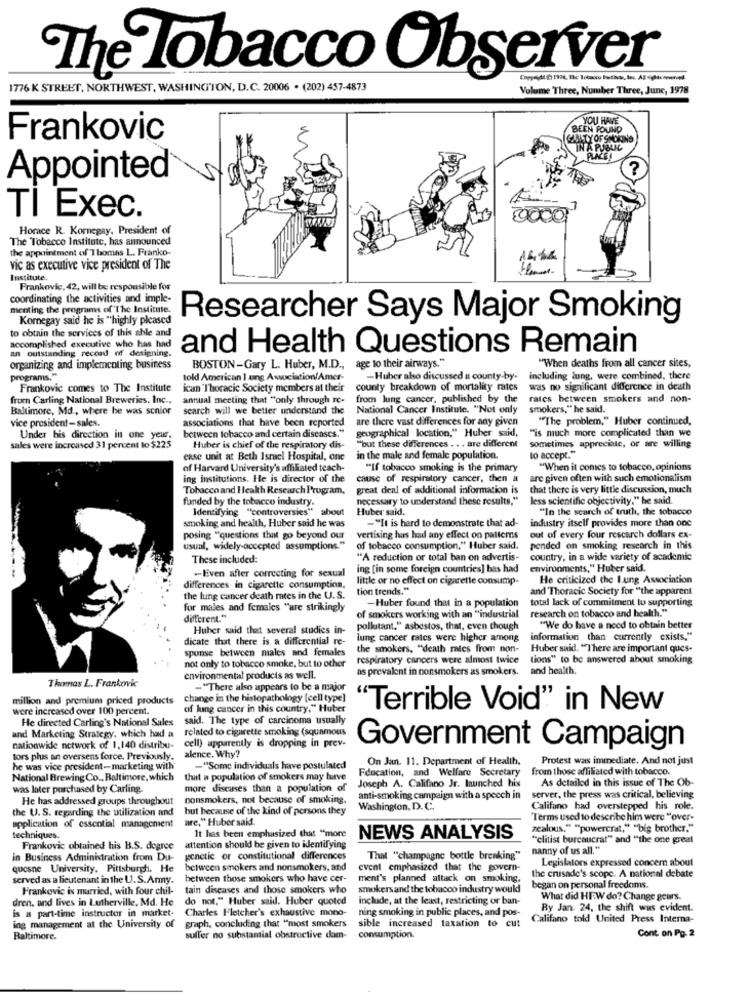
The Tobacco Observer
1776 K STREET, NORTHWEST, WASHINGTON, D.C. 20006 . (202) 457-4873
Volume Three, Number Three, June, 1978
YOU HAVE
BEEN FOUND
Frankovic
CANTY OF SHORING
IN A PUBUC
PLACE
Appointed
TI Exec.
Horace R. Kornegay, President of
The Tobacco Institute, has announced
the appointment of Thomas L. Franko-
vic as executive vice president of The
Institute.
Frankovic, 42, will be responsible for
coordinating the activities and imple-
menting the programs of The Institute.
Kornegay said he is "highly pleased
Researcher Says Major Smoking
to obtain the services of this able and
accomplished executive who has had
an outstanding record of designing
and Health Questions Remain
organizing and implementing business
BOSTON-Gary L. Huber, M.D .,
age to their airways."
"When deaths from all cancer sites,
programs."
told American ] ung Association/Amer-
-Huber also discussed a county-by-
including lung, were combined, there
Frankovic comes to The Institute
ican 'Thoracic Society members at their
county breakdown of mortality mics
was no significant difference in death
from Carling National Breweries. Inc ..
annual meeting that "only through re-
from lung cancer, published by the
rates between smokers and non-
Baltimore, Md , where he was senior
search will we better understand the
National Cancer Institute. "Not only
smokers," he said.
vice president-sales.
associations that have been reported
are there vast differences for any given
"The problem," Huber continued,
Under his direction in one yeur.
between tobacco and certain diseases."
geographical location," H
on," Huber_said,
"is much more complicated than we
sales were increased 31 percent to $225
Huber is chief of the respiratory dis-
"but these differences . . . are different
sometimes appreciate, or are willing
case unit at Beth Israel Hospital, one
in the male and female population.
to accept."
of Harvard University's affiliated teach-
"If tobacco smoking is the primary
"When it comes to tobacco, opinions
ing institutions. He is director of the
cause of respiratory cancer, then a
are given often with such emotionalism
Tobacco and Health Research Program.
great deal of additional information is
that there is very little discussion, much
necessary to understand these results,"
less scientific objectivity," he said.
funded by the tobacco industry.
Identifying "controversies" about
Huber said.
"In the search of truth, the tobacco
smoking and health, Huber said he was
-"It is hard to demonstrate that ad-
industry itself provides more than one
posing "questions that go beyond our
vertising has had any effect on patterns
out of every four rescarch dollars ex-
usual, widely-accepted assumptions."
of tobacco consumption." Huber said.
pended on smoking research in this
These included:
"A reduction or total ban on advertis-
country, in a wide variety of academic
-Even after correcting for sexual
ing [in some foreign countries] has had
environments," Huber said.
little or no effect on cigarette consump-
He criticized the lung Association
differences in cigarette consumption,
tion trends."
and Thoracic Society for "the apparent
the lung cancer death rates in the U. S.
-Huber found that in a population
total lack of commitment to supporting
for males and females "are strikingly
of smokers working with an "industrial
research on tobacco and health."
different."
Huber said that several studies in-
pollutant." asbestos, that, even though
"We do have a need to obtain better
dicate that there is a differential re-
lung cancer rates were higher among
information than currently exists,"
sponse between males and females
the smokers, "death rates from non-
Huber said. "There are important ques-
not only to tobacco smoke, but to other
respiratory cancers were almost twice tions" to be answered about smoking
as prevalent in nonsmokers as smokers.
and health.
environmental products as well.
Thomas L. Frankovic
-"There also appears to be a major
million and premium priced products
change in the histopathology [cell type]
were increased owver 100 percent.
of lung cancer in this country." Huber
'Terrible Void" in New
He directed Carling's National Sales
said. The type of carcinoma usually
related to cigarette smoking (squamous
and Marketing Strategy, which had a
cell) apparently is dropping in prev.
nationwide network of 1,140 distribu-
alence. Why?
Government Campaign
tors plus an overseas force. Previously.
On Jan. 11. Department of Health,
Protest was immediate. And not just
he was vice president-marketing with
-"Some individuals have postulated
Fducation, and Welfare Secretary
from those affiliated with tobacco.
National Brewing Co ., Baltimore, which
that a population of smokers may have
Joseph A. Califano Jr. launched his
As detailed in this issue of The Ob-
was later purchased by Carling.
more diseases than a population of
He has addressed groups throughout
nonsmokers, not because of smoking.
anti-smoking campaign with a speech in
server, the press was critical, believing
the U. S. regarding the utilization and
but because of the kind of persons they
Washington, D. C.
Califano had overstepped his role.
are," Huber said.
Terms used to desenibe him were "over-
application of essential management
It has been emphasized that "more
zealous." "powercrat," "big brother."
techniques.
NEWS ANALYSIS
"clitist bureaucrat" and "the one great
Frankovic obtained his B.S. degree
attention should be given to identifying
nanny of us all."
in Business Administration from Du-
genetic or constitutional differences
That "champagne bottle breaking"
Legislators expressed concern about
e University, Pittsburgh. H
between smokers and nonsmokers, and
event emphasized that the govern-
served as a lieutenant in the U.S.Army.
between those smokers who have cer-
ment's planned attack on smoking.
the crusade's scope. A national debate
Frankovic is married, with four chil-
tain diseases and those smokers who
smokersand the tobacco industry would
began on personal freedoms.
dren. and lives in Lutherville, Md. He
do not." Huber said. Huber quoted
include, at the least, restricting or ban-
What did HE.W do? Change gears.
Charles Fletcher's exhaustive mono-
ning smoking in public places, and pos-
By Jan. 24. the shift was evident.
is a part-time instructor in market-
graph, concluiding that "most smokers
sible increased taxation to cut
Califano told United Press Interna-
ing management at the University of
Baltimore.
suffer no substantial obstructive dom-
consumption.
Cont on Pg. 2